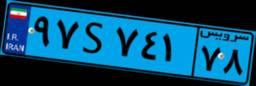
۹۴S۸۶۰۸۰